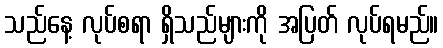
သည်နေ့ လုပ်စရာ ရှိသည်များကို အပြတ် လုပ်ရမည်။